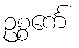
ဥစ္စင်္ကေ